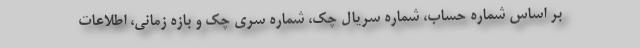
بر اساس شماره حساب، شماره سریال چک، شماره سری چک و بازه زمانی، اطلاعات